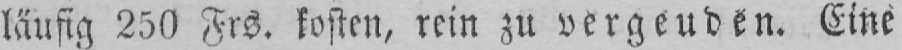
läufig 250 Frs. kosten, rein zu vergeuden. Eine